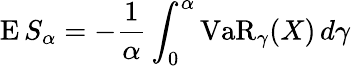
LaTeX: \operatorname{E}S_{\alpha}=-{\frac{1}{\alpha}}\int_{0}^{\alpha}\operatorname{VaR}_{\gamma}(X)\, d\gamma